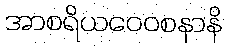
အာစရိယဝေဝစနာနိ